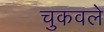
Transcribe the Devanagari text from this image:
चुकवले